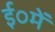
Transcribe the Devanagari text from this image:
ई०में